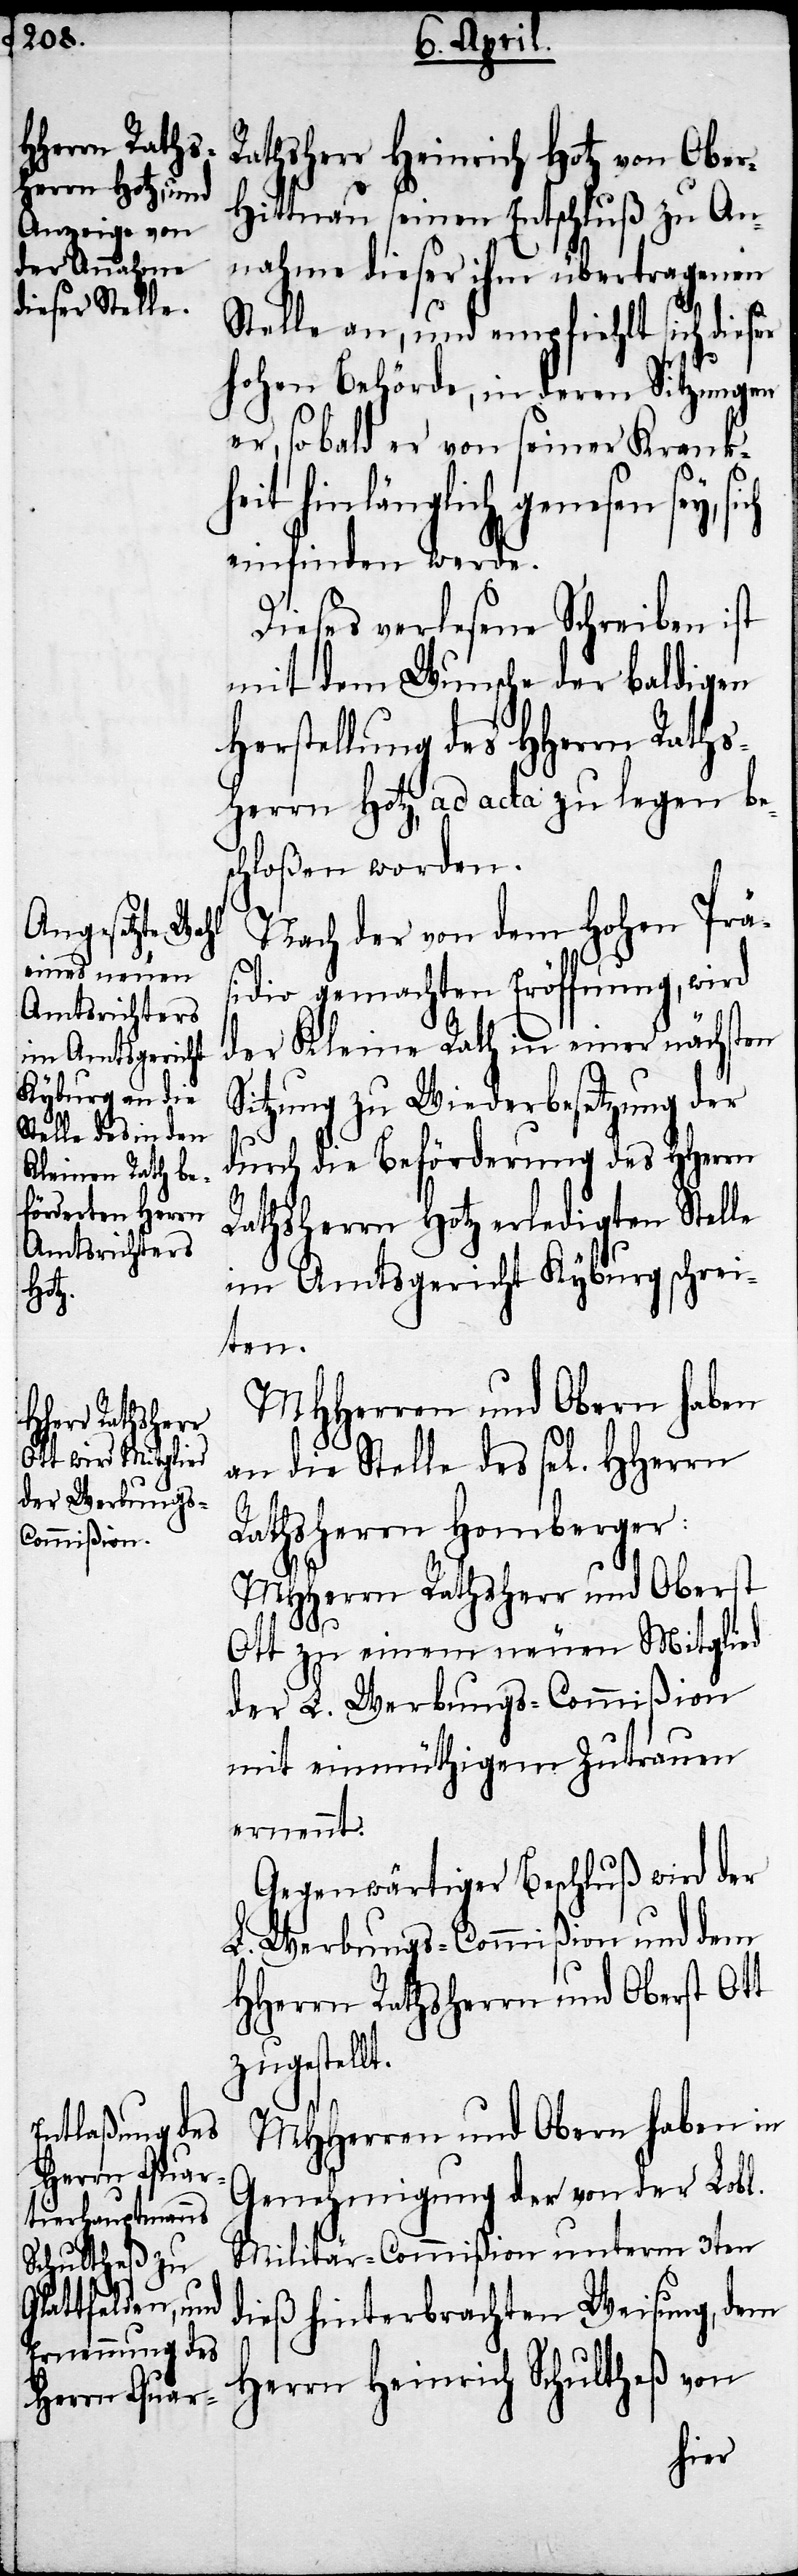
Rathsherr Heinrich Hotz von Ober-H¬
ittnau seinen Entschluß zu An¬
nahme dieser ihm übertragenen
Stelle an, und empfliehlt sich dieser
hohen Behörde, in deren Sitzungen
er, sobald er von seiner Krank¬
heit hinlänglich genesen sey, si¬
einfinden werde.
ch
Dieses verlesene Schreiben ist
mit dem Wunsche der baldigen
Herstellung des HHerrn Rahts¬
herrn Hotz, ad acta zu legen be¬
schloßen worden.
Nach der von dem Hohen Prä¬
sidio gemachten Eröffnung, wird
der Kleine Rath in einer nächsten
Sitzung zu Wiederbesetzung der
durch die Beförderung des HHerrn
Rathsherrn Hotz erledigten Stelle
im Amtsgericht Kyburg schrei¬
ten.
MHHerren und Obern haben in
Genehmigung der von der Lobl.
Militär-Commißion unterm 3ten
dieß hinterbrachten Weisung, dem
Herrn Heinrich Schultheß von